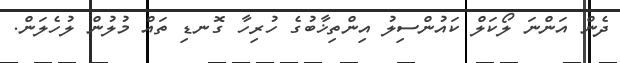
ދެން އަންނަ ލޯކަލް ކައުންސިލު އިންތިޚާބުގެ ހުރިހާ ގޮނޑި ތައް މުލުން ލުހެލަން.